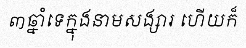
៣ឆ្នាំទេក្នុងនាមសង្សារ ហើយក៏